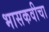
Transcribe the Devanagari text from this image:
भासकवीचा